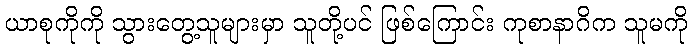
ယာစုကိုကို သွားတွေ့သူများမှာ သူတို့ပင် ဖြစ်ကြောင်း ကုစာနာဂိက သူမကို